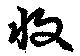
収